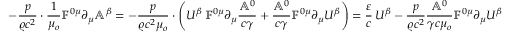
- \frac { p } { \varrho c ^ { 2 } } \cdot \frac { 1 } { \mu _ { o } } \mathbb { F } ^ { 0 \mu } \partial _ { \mu } \mathbb { A } ^ { \beta } = - \frac { p } { \varrho c ^ { 2 } \mu _ { o } } \cdot \left( U ^ { \beta } \, \mathbb { F } ^ { 0 \mu } \partial _ { \mu } \frac { \mathbb { A } ^ { 0 } } { c \gamma } + \frac { \mathbb { A } ^ { 0 } } { c \gamma } \mathbb { F } ^ { 0 \mu } \partial _ { \mu } U ^ { \beta } \right) = \frac { \varepsilon } { c } \, U ^ { \beta } - \frac { p } { \varrho c ^ { 2 } } \frac { \mathbb { A } ^ { 0 } } { \gamma c \mu _ { o } } \mathbb { F } ^ { 0 \mu } \partial _ { \mu } U ^ { \beta }